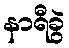
နာရီခွဲ